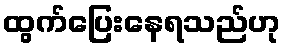
ထွက်ပြေးနေရသည်ဟု